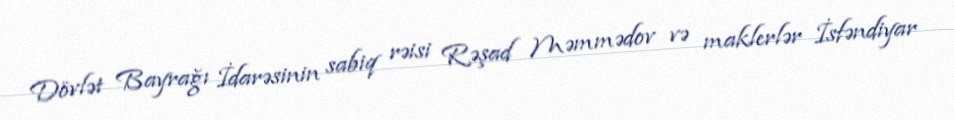
Dövlət Bayrağı İdarəsinin sabiq rəisi Rəşad Məmmədov və maklerlər İsfəndiyar